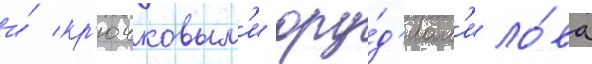
и́ кр'ючковым'и ору́д'иам'и ло́ва